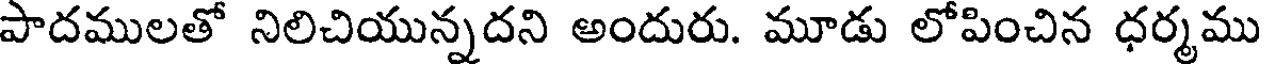
పాదములతో నిలిచియున్నదని అందురు. మూడు లోపించిన ధర్మము